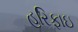
હરિફાઇ